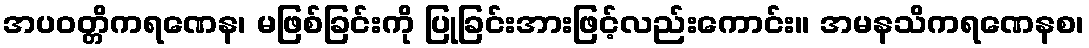
အပဝတ္တိကရဏေန၊ မဖြစ်ခြင်းကို ပြုခြင်းအားဖြင့်လည်းကောင်း။ အမနသိကရဏေနစ၊